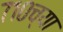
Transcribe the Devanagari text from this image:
७१०च्या